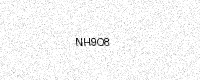
Text: NH9O8